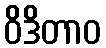
ဝိဒိတာဝ